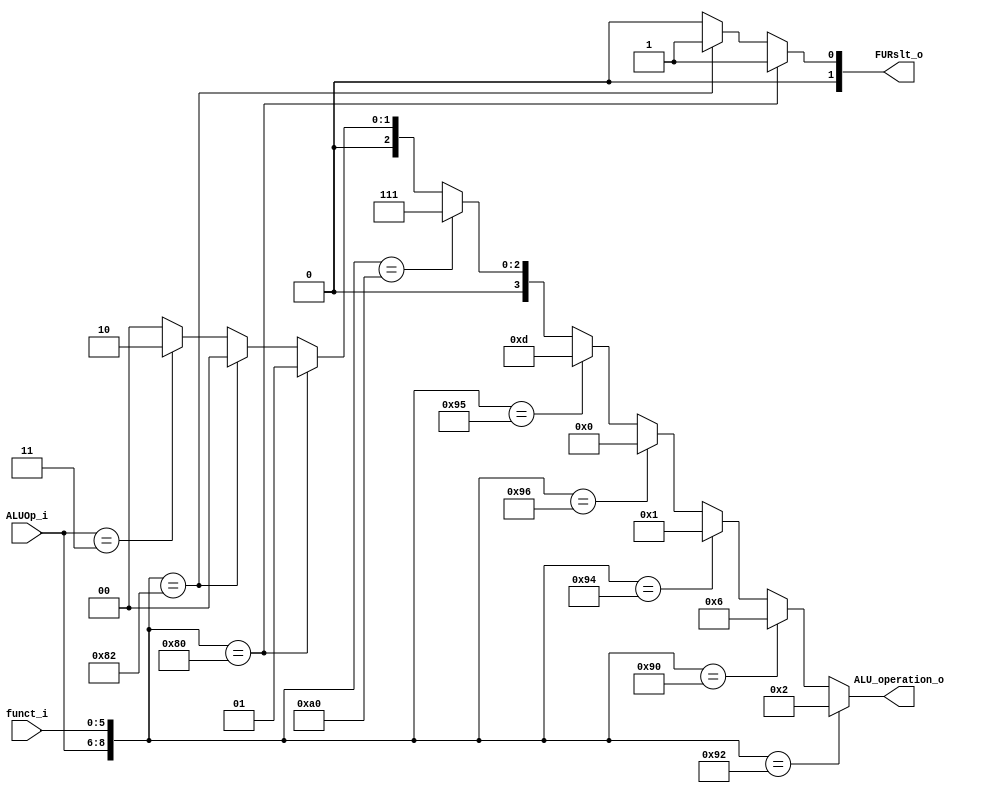
module ALU_Ctrl( funct_i, ALUOp_i, ALU_operation_o, FURslt_o );

//I/O ports 
input      [6-1:0] funct_i;
input      [3-1:0] ALUOp_i;

output     [4-1:0] ALU_operation_o;  
output     [2-1:0] FURslt_o;
     
//Internal Signals
wire		[4-1:0] ALU_operation_o;
wire		[2-1:0] FURslt_o;

//Main function
/*your code here*/

assign ALU_operation_o = 
                ({ALUOp_i,funct_i} == 9'b010_010010) ? 4'b0010 : 	//add
				({ALUOp_i,funct_i} == 9'b010_010000) ? 4'b0110 : 	//sub
				({ALUOp_i,funct_i} == 9'b010_010100) ? 4'b0001 : 	//and
				({ALUOp_i,funct_i} == 9'b010_010110) ? 4'b0000 : 	//or
				({ALUOp_i,funct_i} == 9'b010_010101) ? 4'b1101 : 	//nor
				({ALUOp_i,funct_i} == 9'b010_100000) ? 4'b0111 : 	//slt
				({ALUOp_i,funct_i} == 9'b010_000000) ? 4'b0001 : 	//sll
				({ALUOp_i,funct_i} == 9'b010_000010) ? 4'b0000 :	//srl
                (ALUOp_i == 3'b011) ? 4'b0010 : 0; 					//addi	

assign FURslt_o = 
                ({ALUOp_i,funct_i} == 9'b010_000000) ? 1 :      	//sll
			    ({ALUOp_i,funct_i} == 9'b010_000010) ? 1 : 0;	    //srl 

endmodule